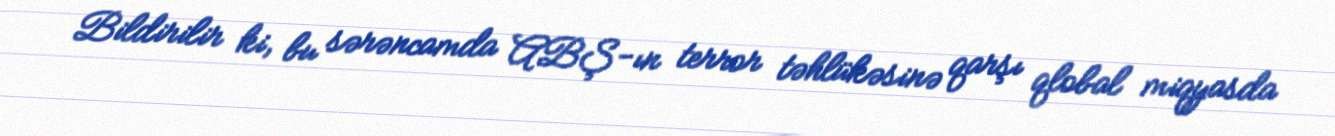
Bildirilir ki, bu sərəncamda ABŞ-ın terror təhlükəsinə qarşı qlobal miqyasda